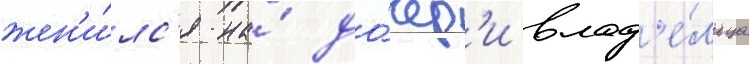
жен'и́лс'я на́ до́чер'и влад'е́льца